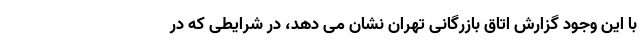
با این وجود گزارش اتاق بازرگانی تهران نشان می دهد، در شرایطی که در